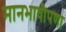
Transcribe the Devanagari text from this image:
मानभावीपणा